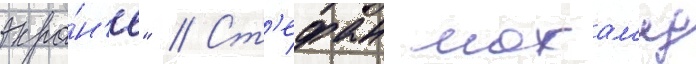
экра́н'е" // Ст'ефан мохам'ед